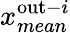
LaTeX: x_{mean}^{\mathrm{out}-i}